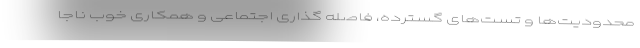
محدودیت‌ها و تست‌های گسترده، فاصله گذاری اجتماعی و همکاری خوب ناجا